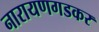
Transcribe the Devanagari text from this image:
नारायणगडकर